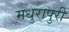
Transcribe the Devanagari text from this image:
मधुरापुरी